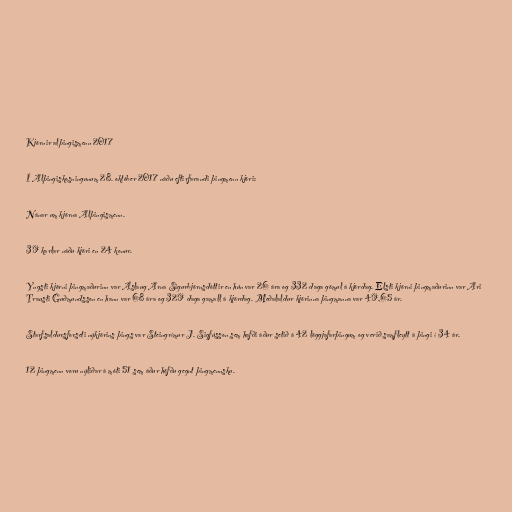
Kjörnir alþingismenn 2017

Í Alþingiskosningunum 28. október 2017 náðu eftirfarandi þingmenn kjöri:

Nánar um kjörna Alþingismenn.

39 karlar náðu kjöri en 24 konur.

Yngsti kjörni þingmaðurinn var Áslaug Arna Sigurbjörnsdóttir en hún var 26 ára og 332 daga gömul á kjördag. Elsti kjörni þingmaðurinn var Ari
Trausti Guðmundsson en hann var 68 ára og 329 daga gamall á kjördag. Meðalaldur kjörinna þingmanna var 49,65 ár.

Starfsaldursforseti nýkjörins þings var Steingrímur J. Sigfússon sem hafði áður setið á 42 löggjafarþingum og verið samfleytt á þingi í 34 ár.

12 þingmenn voru nýliðar á móti 51 sem áður höfðu gegnt þingmennsku.